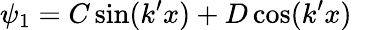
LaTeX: \psi_{1}=C\sin(k^{\prime}x)+D\cos(k^{\prime}x)\quad